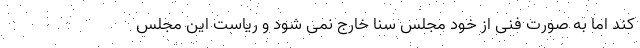
کند اما به صورت فنی از خود مجلس سنا خارج نمی شود و ریاست این مجلس